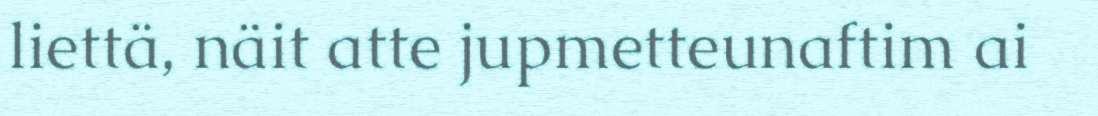
liettä, näit atte jupmetteunaftim ai